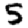
Digit: 5